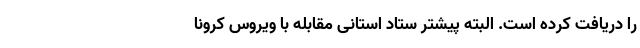
را دریافت کرده است. البته پیشتر ستاد استانی مقابله با ویروس کرونا